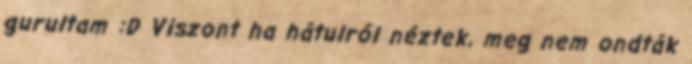
gurultam :D Viszont ha hátulról néztek, meg nem ondták